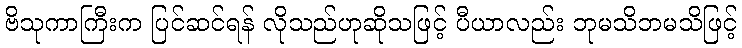
ဗိသုကာကြီးက ပြင်ဆင်ရန် လိုသည်ဟုဆိုသဖြင့် ပီယာလည်း ဘုမသိဘမသိဖြင့်